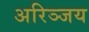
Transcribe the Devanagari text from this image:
अरिञ्जय